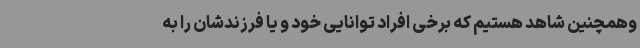
وهمچنین شاهد هستیم که برخی افراد توانایی خود و یا فرزندشان را به